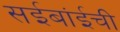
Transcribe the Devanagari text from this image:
सईबांईची